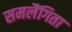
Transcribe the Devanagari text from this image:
समलैंगिता